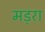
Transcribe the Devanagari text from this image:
मड़रा